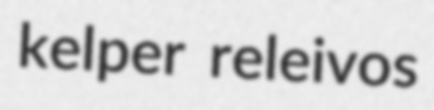
kelper releivos